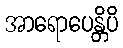
အာရောပေန္တိပိ